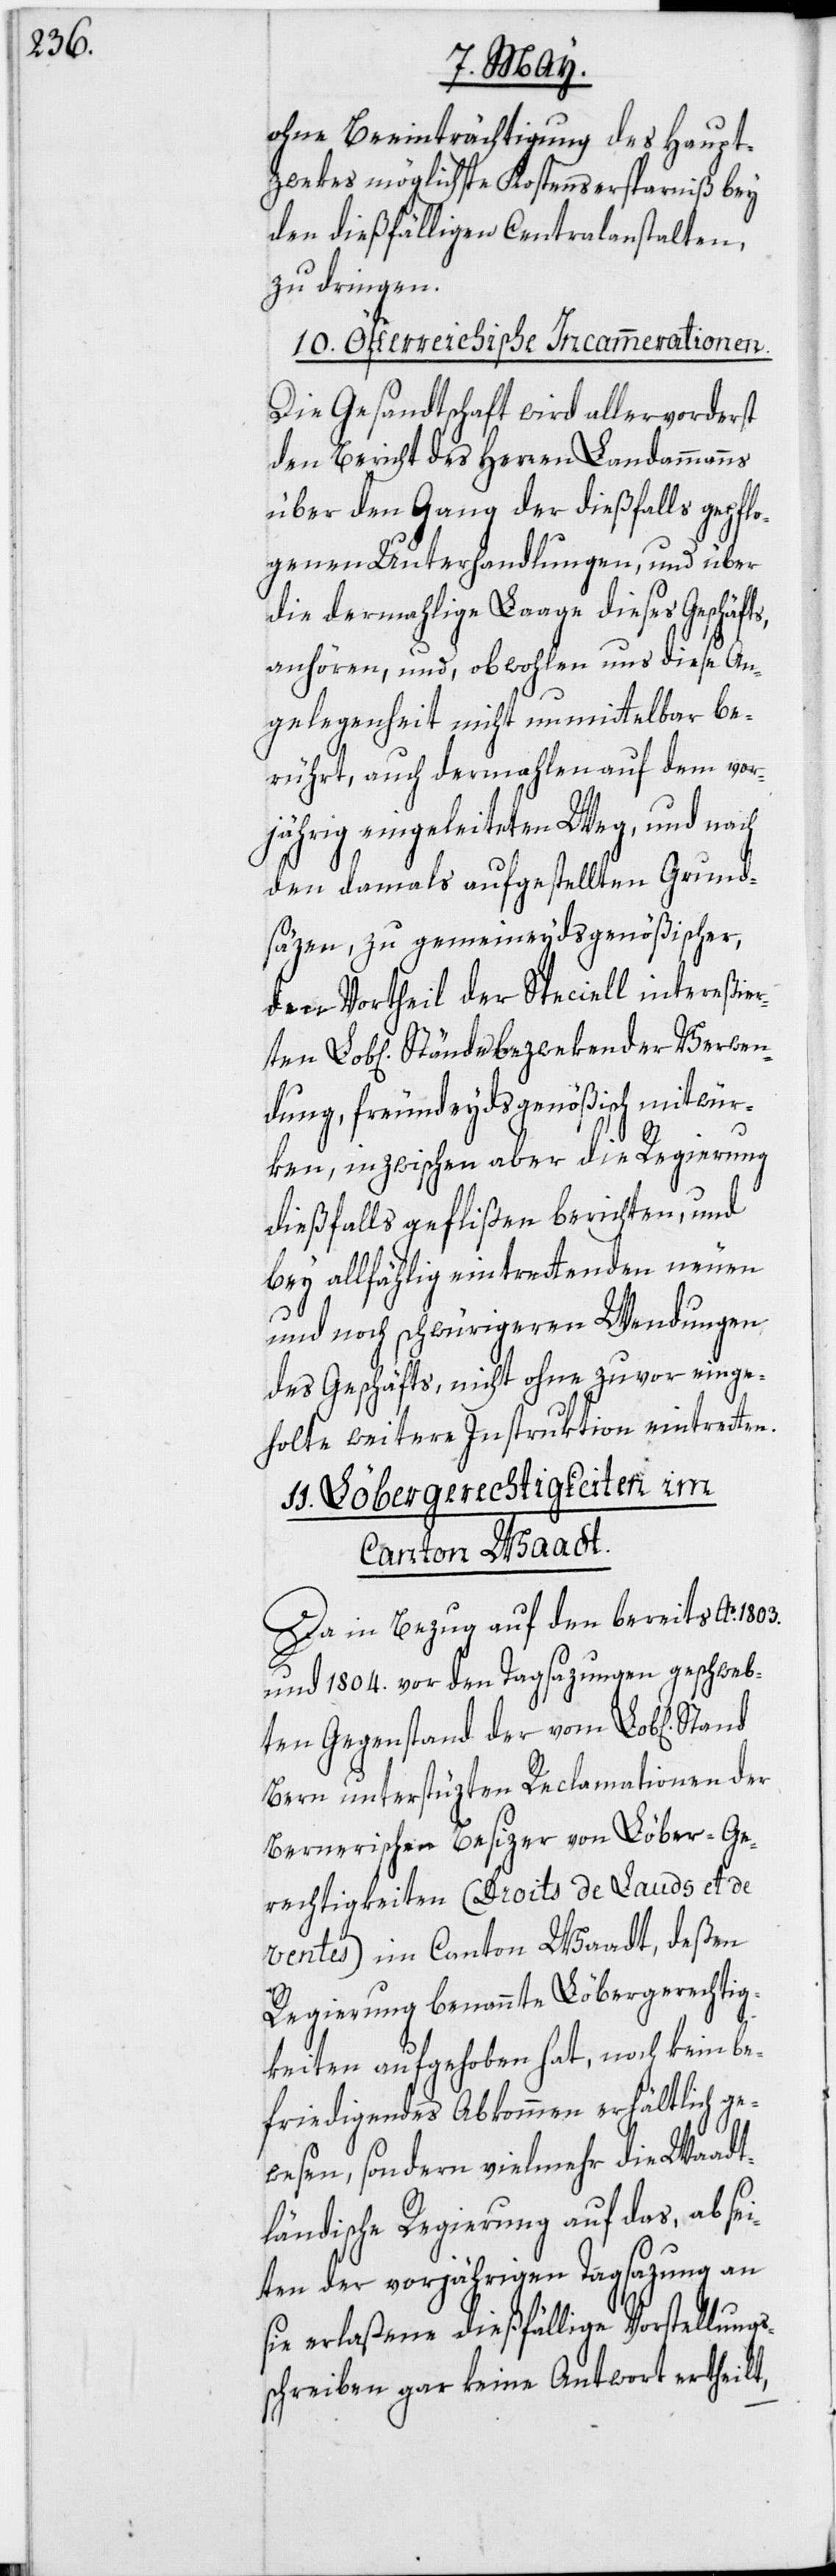
ten Lob[li¬
ohne Beeinträchtigung des Haupt¬
zwekes möglichste Kostensersparniß bey
den dießfälligen Centralanstalten,
zu dringen.
10. Österreichische Incammerationen.
Die Gesandtschaft wird allervorderst
den Bericht des Herren Landammanns
über den Gang der dießfalls gepflo¬
genen Unterhandlungen, und über
die dermahlige Laage dieses Geschäfts,
anhören, und, obwohlen uns diese An¬
gelegenheit nicht unmittelbar be¬
rührt, auch dermahlen auf dem vor¬
jährig eingeleiteten Weg, und nach
den damals aufgestellten Grund¬
säzen, zu gemeineydsgenößischer,
den Vortheil der Speciell intereßier¬
chen] Stände bezwekender Verwen¬
dung, freundeydsgenößisch mitwür¬
ken, inzwischen aber die Regierung
dießfalls geflißen berichten, und
bey allfählig eintrettenden neuen
und noch schwürigeren Wendungen
des Geschäfts, nicht ohne zuvor einge¬
holte weitere Instruktion eintretten.
11. Löbergerechtigkeiten im
Canton Waadt.
Da in Bezug auf den bereits Ao.
und 1804. vor den Tagsazungen geschweb¬
ten Gegenstand der vom Lob[lichen]
Bern unterstüzten Reclamationen der
Bernerischen Besizer von Löber-Ge¬
rechtigkeiten (Droits de Lauds et de
ventes) im Canton Waadt, deßen
Regierung benannte Löbergerechtig¬
keiten aufgehoben hat, noch kein be¬
friedigendes Abkommen erhältlich ge¬
wesen, sondern vielmehr die Waadt¬
ländische Regierung auf das, absei¬
ten der vorjährigen Tagsazung an
sie erlaßene dießfällige Vorstellungs¬
schreiben gar keine Antwort ertheilt,